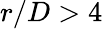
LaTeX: r/D>4